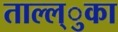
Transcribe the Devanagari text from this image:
ताल्ल्ुका